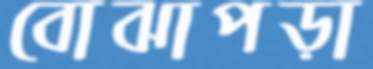
বোঝাপড়া